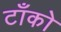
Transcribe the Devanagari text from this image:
टाँको